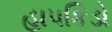
હાપકિડો